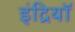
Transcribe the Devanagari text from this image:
इंद्रियॉ